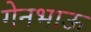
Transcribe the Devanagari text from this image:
गेनभाऊ